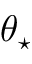
\theta _ { \star }